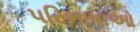
પરિભાષાઓ